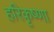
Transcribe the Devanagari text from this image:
हरिकृष्णा